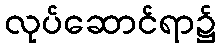
လုပ်ဆောင်ရာ၌